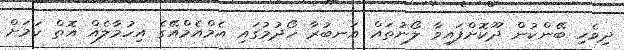
ދިވެހި ބޭންކުން ދޫކޮށްފައިވާ ލޯނުތައް އަނބުރާ ހޯދުމުގައި އެމްއެމްއޭގެ އިހުމާލެއް އޮތް ކަމަށް